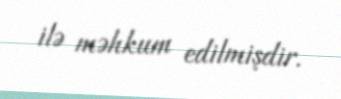
ilə məhkum edilmişdir.